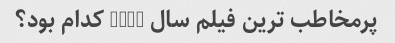
پرمخاطب ترین فیلم سال 2020 کدام بود؟